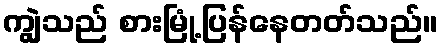
ကျွဲသည် စားမြုံ့ပြန်နေတတ်သည်။